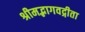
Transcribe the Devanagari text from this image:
श्रीमद्भागवद्गीता